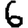
Digit: 6